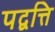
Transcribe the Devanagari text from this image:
पद्वत्ति